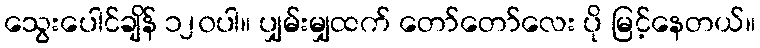
သွေးပေါင်ချိန် ၁၂၀ပါ။ ပျှမ်းမျှထက် တော်တော်လေး ပို မြင့်နေတယ်။